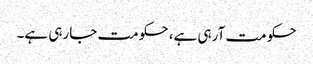
حکومت آرہی ہے، حکومت جارہی ہے۔